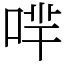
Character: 𠴟